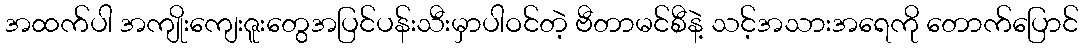
အထက်ပါ အကျိုးကျေးဇူးတွေအပြင်ပန်းသီးမှာပါဝင်တဲ့ ဗီတာမင်စီနဲ့ သင့်အသားအရေကို တောက်ပြောင်